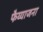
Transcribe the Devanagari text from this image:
फैय्याजना